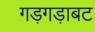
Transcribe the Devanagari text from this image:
गड़गड़ाबट